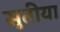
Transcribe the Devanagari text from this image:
सुतीया